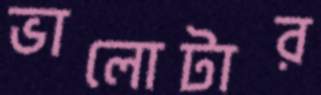
ভালোটার